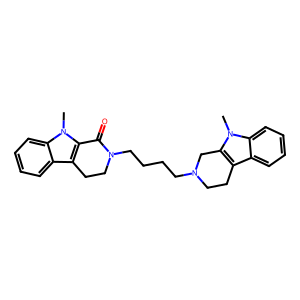
SMILES: Cn1c2c(c3ccccc31)CCN(CCCCN1CCc3c(n(C)c4ccccc34)C1=O)C2
Inhibits HIV replication: No